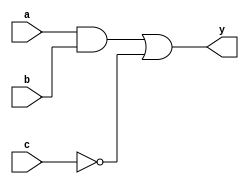
module combinational_logic (
    input wire a,        // Input signal a
    input wire b,        // Input signal b
    input wire c,        // Input signal c
    output reg y         // Output signal y
);

// Combinational logic block
always @(*) begin
    // Logic operations to determine output y
    y = (a & b) | (~c); // Example logic: y is true if a AND b is true OR c is false
end

endmodule